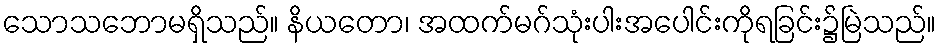
သောသဘောမရှိသည်။ နိယတော၊ အထက်မဂ်သုံးပါးအပေါင်းကိုရခြင်း၌မြဲသည်။